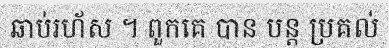
ឆាប់រហ័ស ។ ពួកគេ បាន បន្ត ប្រគល់